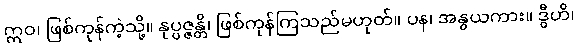
ဣဝ၊ ဖြစ်ကုန်ကဲ့သို့။ နုပ္ပဇ္ဇန္တိ၊ ဖြစ်ကုန်ကြသည်မဟုတ်။ ပန၊ အနွယကား။ ဒွီဟိ၊